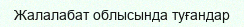
Жалалабат облысында туғандар